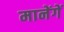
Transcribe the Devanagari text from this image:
मानेंगें